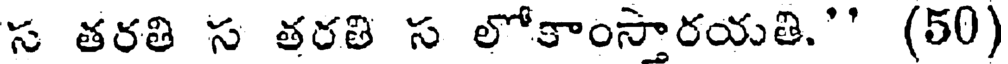
స తరతి స తరతి స లోకాంసారయతి.'' (50)